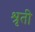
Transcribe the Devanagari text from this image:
श्रृती